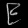
Digit: ၉